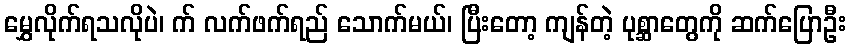
မွှေလိုက်ရသလိုပဲ၊ က် လက်ဖက်ရည် သောက်မယ်၊ ပြီးတော့ ကျန်တဲ့ ပုစ္ဆာတွေကို ဆက်ပြောဦး